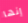
إنها